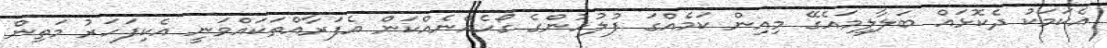
އެކަމަކު ދެކޮޅައް ބަލާލީމައެގޭ މިއިން ކަމެއްގަ ފުލުހުންގެ ގޯހެއްނެއްކަން އެފަރާއްތަކައްވަނީ އެކިފަހަރު މަތިން